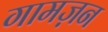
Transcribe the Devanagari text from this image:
गामज़न